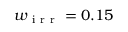
w _ { \mathrm { ~ i ~ r ~ r ~ } } = 0 . 1 5